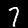
Digit: 7